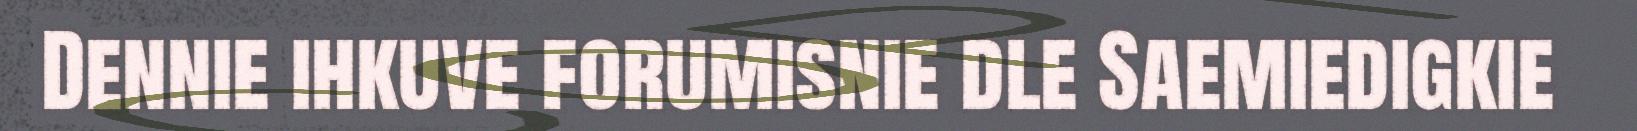
Dennie ihkuve forumisnie dle Saemiedigkie